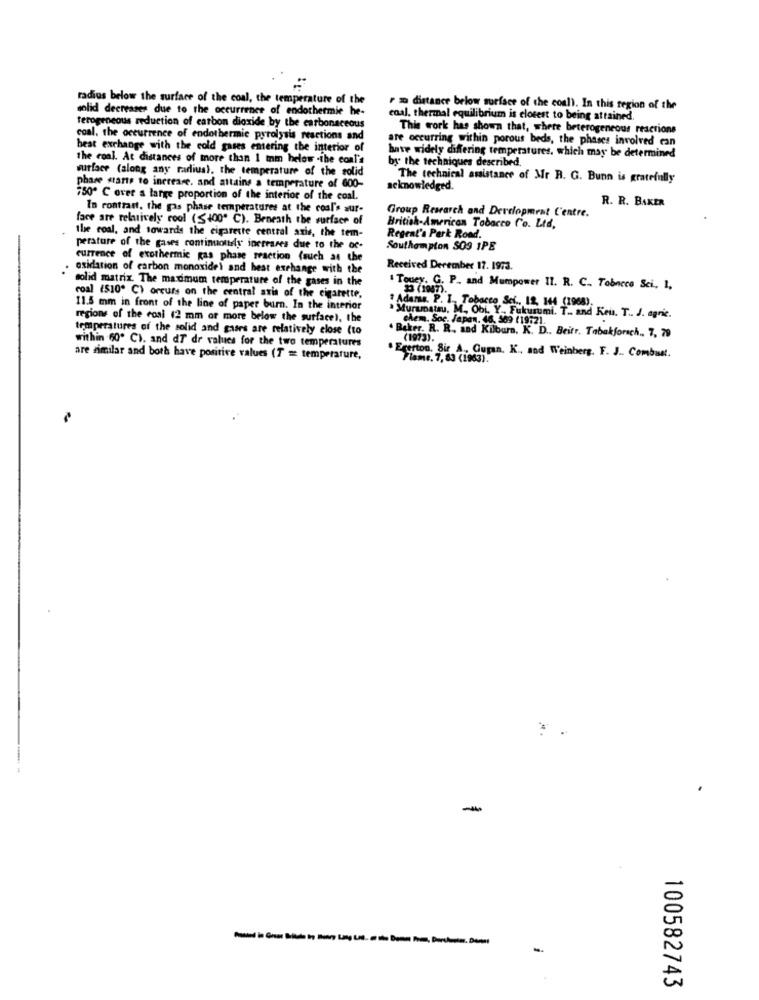
radius below the surface of the coal, the temperature of the
solid decreases due to the occurrence of endothermie he-
r a distance below surface of the coal). In this region of the
coal, thermal equilibrium is closest to being attained.
Terogeneous reduction of carbon dioxide by the carbonaceous
This work has shown that, where heterogeneous reactions
coal. the occurrence of endothermic pyrolysis reactions and
are occurring within porous beds, the phases involved can
best exchange with the cold gases entering the interior of
the coal. At distances of more than 1 tam below -the conl's
have widely differing temperatures, which may be determined
by the techniques described.
surface (along any rarliual, the temperature of the solid
The technical assistance of Mr R. G. Bunn is gratefully
phase starts to increase. and attains a temperature of 600-
acknowledged.
750º C over a large proportion of the interior of the coal.
R. R. BAKER
In contrast, the gas phase temperatures at the coal's sur-
Group Research and Derciopment Centre.
face are relatively cool (5400º C). Beneath the surface of
British-American Tobacco Co. Ltd.
the coal, and towards the cigarette central axis, the tem-
Regent's Park Road.
perature of the gases continuously increases due to the oc-
Southampton SO9 1PE
currence of exothermic gas phase reaction (such as the
oxidation of carbon monoxidel and heat exchange with the
Received Derember 17. 1973.
solid matrix. The maximum temperature of the gases in the
. Touey. G. P. and Mumpower II. R. C .. Tobacco Sci, 1,
coal (S10º C) orcurs on the central axis of the cigarette,
# Adamss. P. I ., Tobacco Sei ., 12, 144 (1968).
11.5 mm in front of the line of paper burn. In the interior
regions of the cosi (2 mm or more below the surface), the
Murumatsu, M ., Obi. Y ., Fukurumi. T .. and Kein. T .. J. agric.
chem. Soc. Japan. 46 309 (19:21.
temperatures of the solid and gasrs are relatively close (to
Beker. R. R. and Kilburn, K. D. Beitr. Tabakforsch ., 7, 79
(1973).
within 60º C). and df dr values for the two temperatures
are similar and both have positive values (7 = temperature,
. Egerton, Sir A, Guran. K ., and Weinberg. F. J .. Combusst.
Flame, 7, 83 (1963).
-
-
100582743